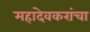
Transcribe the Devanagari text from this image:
महादेवकरांचा